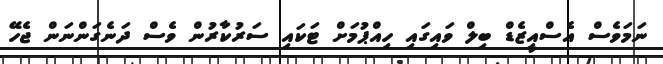
ނަމަވެސް އެސްއީޒެޑް ބިލް ވައިގައި ހިއްޕުމަށް ޓަކައި ސަރުކާރުން ވެސް ދަނެގަންނަން ޖެހޭ